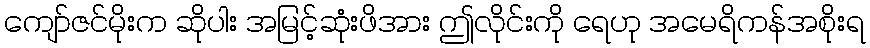
ကျော်ဇင်မိုးက ဆိုပါး အမြင့်ဆုံးဖိအား ဤလိုင်းကို ရေဟု အမေရိကန်အစိုးရ